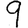
Digit: 9